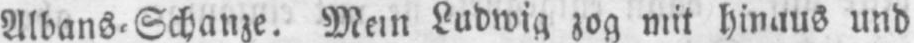
und